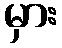
မှား